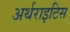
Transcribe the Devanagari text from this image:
अर्थराइटिस